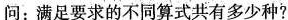
问：满足要求的不同算式共有多少种?